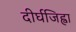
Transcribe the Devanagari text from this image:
दीर्घजिह्वा